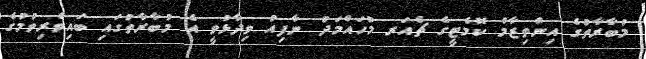
މުބާރާތުގެ އިންތިޒާމް ކޮމެޓީގެ ޗެއަރ މުހައްމަދު ނާފިއު ވިދާޅުވީ އެ މުބާރާތުގައި ބައިވެރިވުމުގެ